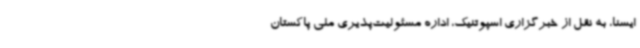
ایسنا، به نقل از خبرگزاری اسپوتنیک، اداره مسئولیت‌پذیری ملی پاکستان